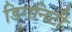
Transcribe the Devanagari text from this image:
डिगनिटी